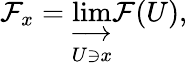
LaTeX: {\mathcal{F}}_{x}=\varinjlim_{U\ni x}{\mathcal{F}}(U),